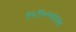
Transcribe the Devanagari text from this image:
९५९५००८८४४